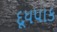
દૂધપાક